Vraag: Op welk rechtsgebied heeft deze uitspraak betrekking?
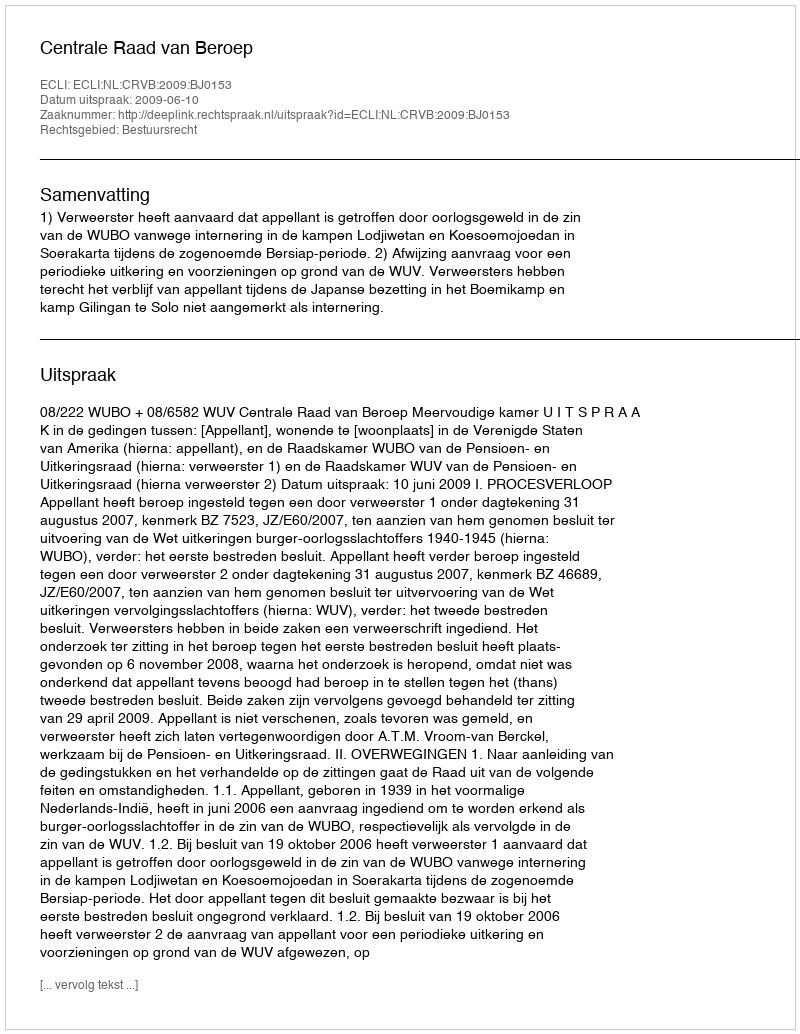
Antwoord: Bestuursrecht